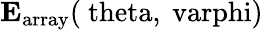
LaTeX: \mathrm{\mathbf{E}_{array}(\ theta,\ varphi)}